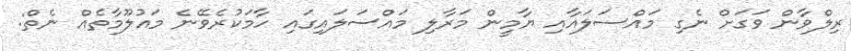
ރިިލްވާން ވަގަށް ނެގި މައްސަލައާއި ޔާމީން މަރާލި މައްސަލައިގައި ހާމަކުރެވޭނެ މައުލޫމާތެއް ނެތް: